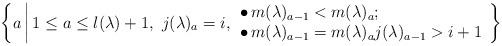
LaTeX: \begin{align*}\left\{a \, \middle|\, 1 \leq a \leq l(\lambda) + 1,\ j(\lambda)_a = i, \begin{array}{l}\bullet\, m(\lambda)_{a-1} < m(\lambda)_{a}; \\\bullet\, m(\lambda)_{a-1} = m(\lambda)_{a} j(\lambda)_{a-1} > i+1\end{array}\right\}\end{align*}